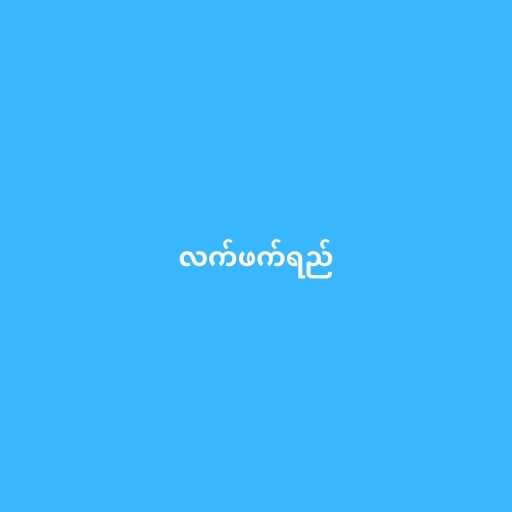
လက်ဖက်ရည်